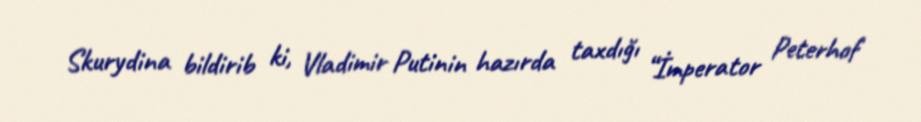
Skurydina bildirib ki, Vladimir Putinin hazırda taxdığı “İmperator Peterhof